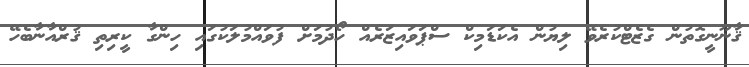
ޤާނޫނީގޮތުން ގެޒެޓްކުރެވޭ ލިޔުން އެކަޑަމިކް ސްޕަވައިޒަރެއް ހޯދުމަށް ފުވައްމުލަކުގައި ހިންގާ ކީރިތި ޤުރްއާނާބެހޭ